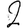
Digit: 2